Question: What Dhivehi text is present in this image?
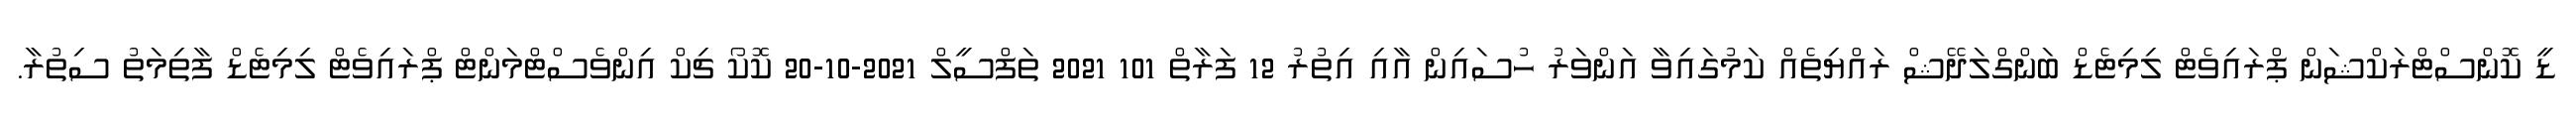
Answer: ޑީ ކޮންސްޓްރަކްޝަން ޕްރައިވެޓް ލިމިޓެޑް ބަންގްލަދޭޝް ރައްޔިތެއް ކަމުގައިވާ އަންވަރު ހުސައިން އާއި އިތުރު 12 ފަރާތް 101 2021 ތަފްސީލް 2021-10-20 ކޮކޯ ޗިކް އިންވެސްޓްމަންޓް ޕްރައިވެޓް ލިމިޓެޑް ފާތިމަތު ސިތުރާ.